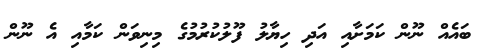
ބައެއް ނޫން ކަމަށާއި އަދި ހިޔާލު ފޫލުކުރުމުގެ މިނިވަން ކަމާއި އެ ނޫން